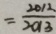
= \frac { 2 0 1 2 } { 2 0 1 3 }